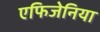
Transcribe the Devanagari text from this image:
एफिजेनिया